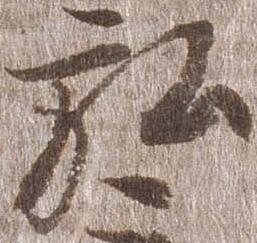
弘